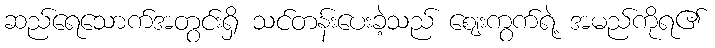
ဆည်ရေသောက်အတွင်းရှိ သင်တန်းပေးခဲ့သည် ဈေးကွက်ရဲ့ အမည်ကိုရ၏